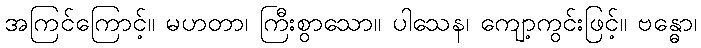
အကြင်ကြောင့်။ မဟတာ၊ ကြီးစွာသော။ ပါသေန၊ ကျော့ကွင်းဖြင့်။ ဗန္ဓော၊